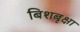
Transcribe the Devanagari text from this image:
बिशबृक्षा